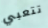
تتعبي